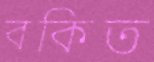
বকিত